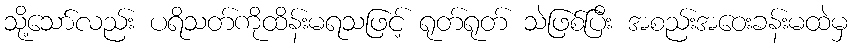
သို့သော်လည်း ပရိသတ်ကိုထိန်းမရသဖြင့် ရုတ်ရုတ် သဲဖြစ်ပြီး အစည်းအဝေးခန်းမထဲမှ